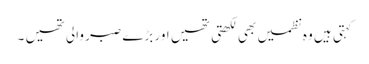
کہتی ہیں وہ نظمیں بھی لکھتی تھیں اور بڑے صبر والی تھیں ۔